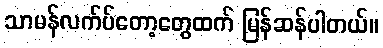
သာမန်လက်ပ်တော့တွေထက် မြန်ဆန်ပါတယ်။